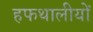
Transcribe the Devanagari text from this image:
हफथालीयों